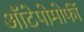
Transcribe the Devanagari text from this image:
ऑटेपोमोर्फी